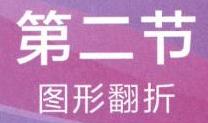
第二节
图形翻折